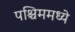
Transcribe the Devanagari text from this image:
पश्चिममध्ये